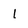
Character: 1